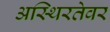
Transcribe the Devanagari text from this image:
अस्थिरतेवर